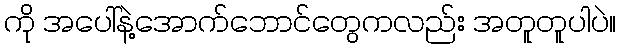
ကို အပေါ်နဲ့အောက်ဘောင်တွေကလည်း အတူတူပါပဲ။